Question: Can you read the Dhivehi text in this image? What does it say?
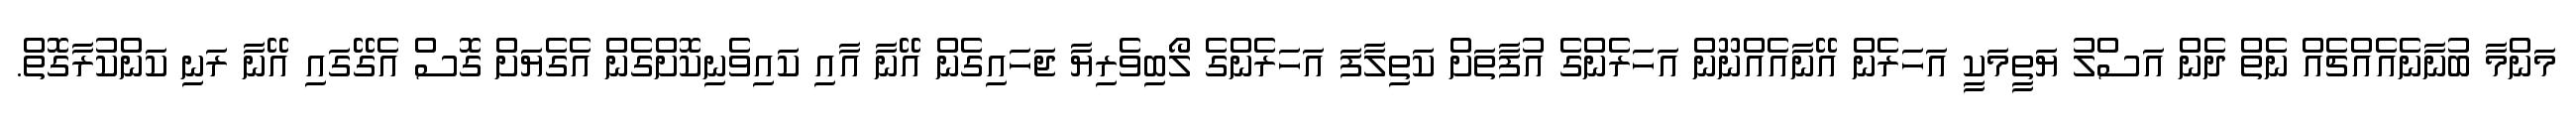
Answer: މަންމާ ބުނާނެއެއްޗެއް ނެތް ދެން އަސްލު ޔަތީމަކީ އަހަރެން އޭނާއެއްނޫން އަހަރެންގެ އުފާތަށް ކަތިލާފަ އަހަރެންގެ ލޯބިވެރިޔާ ޖަހައިގެން އޭނާ އާއި ކައިވެނިކޮށްގެން އެގެޔަށް ގޮސް އެގޭގައި އޭނާ ރަނި ކަންކުރާގޮތް.